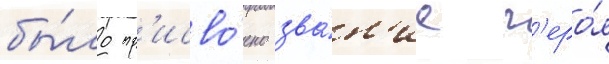
бы́ло пр'исво́ено зва́н'ие г'еро́я